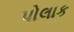
પોલાક